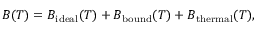
B ( T ) = B _ { \mathrm { i d e a l } } ( T ) + B _ { \mathrm { b o u n d } } ( T ) + B _ { \mathrm { t h e r m a l } } ( T ) ,